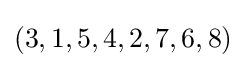
(3,1,5,4,2,7,6,8)